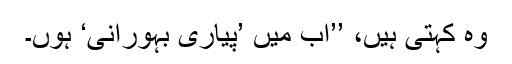
وہ کہتی ہیں، ’’اب میں ’پیاری بہورانی‘ ہوں۔